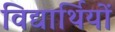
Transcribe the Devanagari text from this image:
विद्यार्थियों